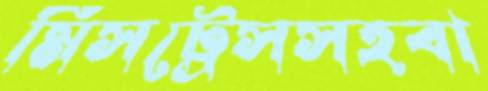
মিসট্রেসসহবা